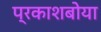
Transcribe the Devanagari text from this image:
प्रकाशबोया